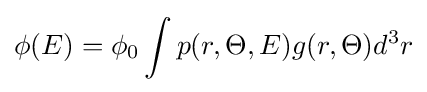
\phi (E)=\phi _{0}\int p(r,\Theta ,E)g(r,\Theta )d^{3}r